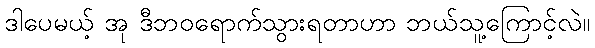
ဒါပေမယ့် အု ဒီဘဝရောက်သွားရတာဟာ ဘယ်သူ့ကြောင့်လဲ။